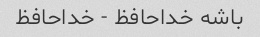
باشه خداحافظ - خداحافظ